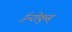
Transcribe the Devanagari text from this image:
ईन्दीकूस्